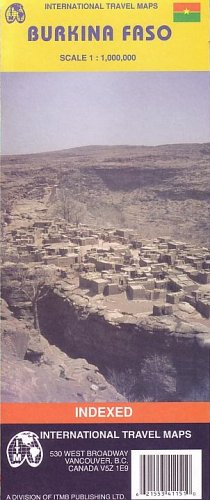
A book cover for Burkina Faso 1:1,000,000 Travel Map (Travel Reference Map); ITMB Canada; Travel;